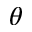
\theta